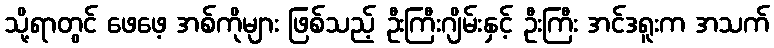
သို့ရာတွင် ဖေဖေ့ အစ်ကိုများ ဖြစ်သည့် ဦးကြီးဂျိမ်းနှင့် ဦးကြီး အင်ဒရူးက အသက်